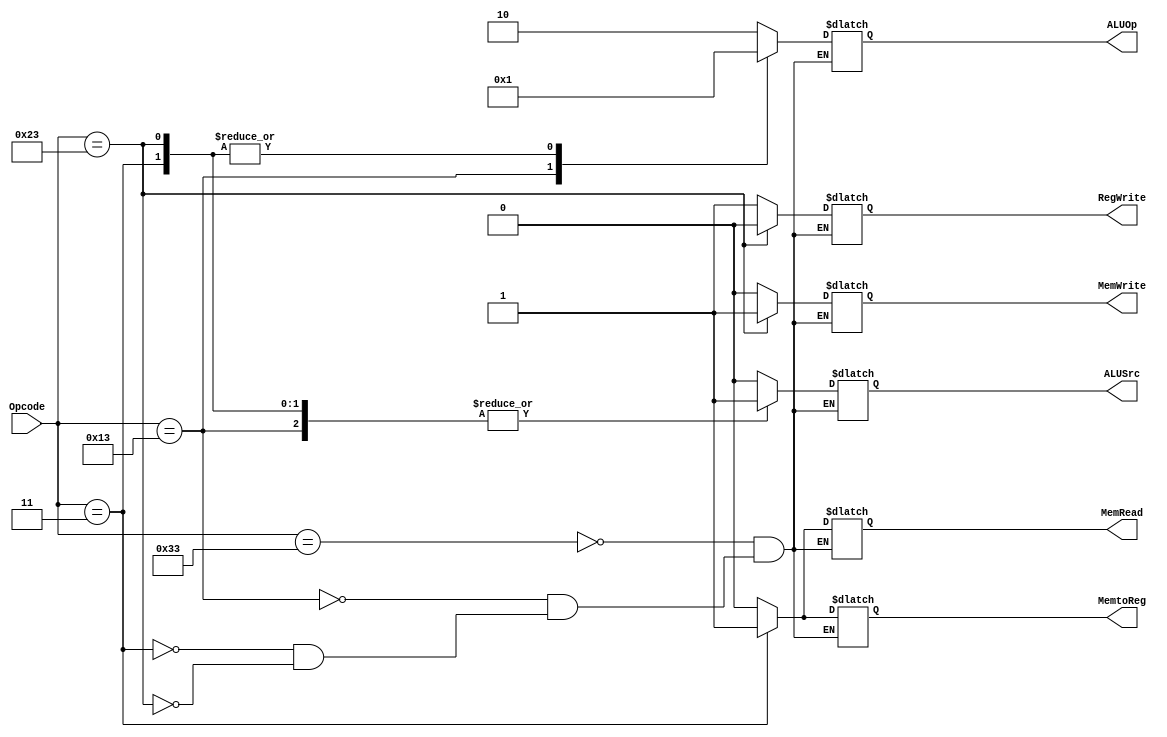
`timescale 1ns / 1ps

// Module definition
module Controller (
    Opcode ,
    ALUSrc , MemtoReg , RegWrite , MemRead , MemWrite ,
    ALUOp
    );

// Define the input and output signals
input [6:0] Opcode;
output reg ALUSrc, MemtoReg, RegWrite, MemRead, MemWrite;
output reg [1:0] ALUOp; 

// Define the Controller modules behavior
always @(*) begin
    case (Opcode)
        7'b0110011 : begin
            MemtoReg = 1'b0;
            MemWrite = 1'b0;
            MemRead = 1'b0;
            ALUSrc = 1'b0;
            RegWrite = 1'b1;
            ALUOp = 2'b10;
        end
        7'b0010011 : begin
            MemtoReg = 1'b0;
            MemWrite = 1'b0;
            MemRead = 1'b0;
            ALUSrc = 1'b1;
            RegWrite = 1'b1;
            ALUOp = 2'b00;
        end
        7'b0000011 : begin
            MemtoReg = 1'b1;
            MemWrite = 1'b0;
            MemRead = 1'b1;
            ALUSrc = 1'b1;
            RegWrite = 1'b1;
            ALUOp = 2'b01;
        end
        7'b0100011 : begin
            MemtoReg = 1'b0;
            MemWrite = 1'b1;
            MemRead = 1'b0;
            ALUSrc = 1'b1;
            RegWrite = 1'b0;
            ALUOp = 2'b01;
        end
    endcase
end

endmodule // Controller